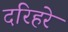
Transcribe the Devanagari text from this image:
दरिहरे